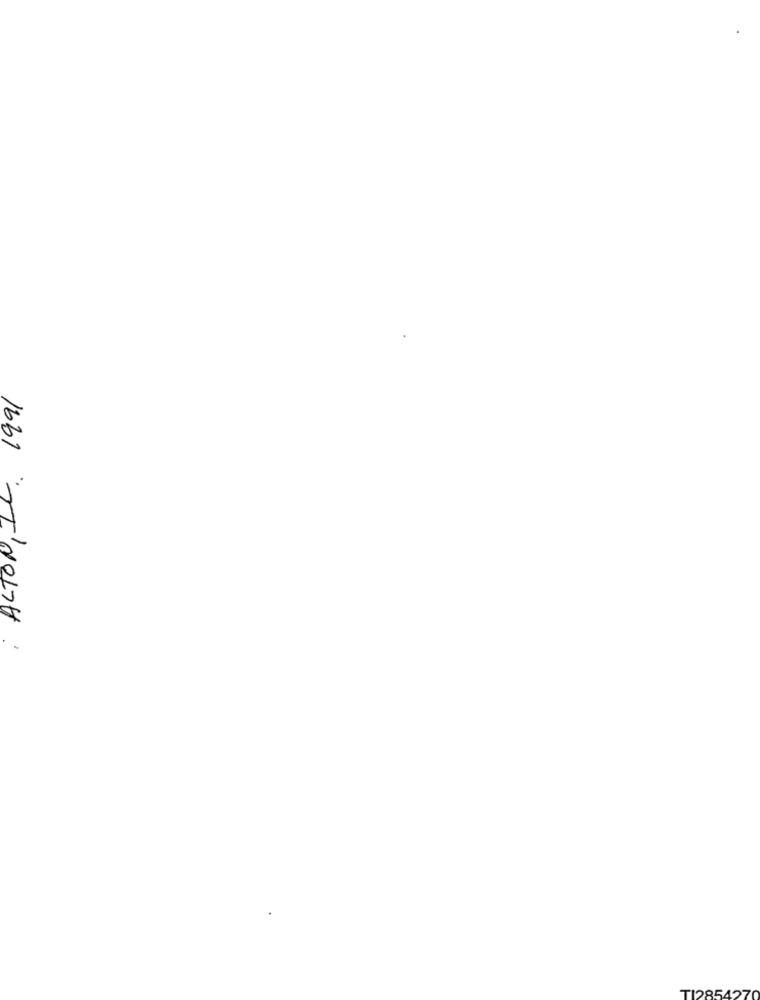
ALTON, IL. 1991
TI285427